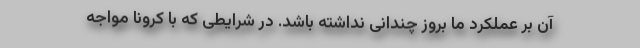
آن بر عملکرد ما بروز چندانی نداشته باشد. در شرایطی که با کرونا مواجه